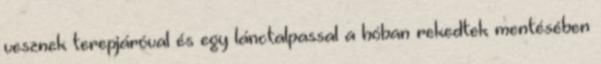
vesznek terepjáróval és egy lánctalpassal a hóban rekedtek mentésében